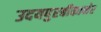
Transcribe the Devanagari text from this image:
उदयपुरबीकानेर